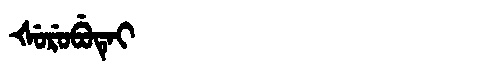
Manchu: ᡧᡠᡵᡠᠪᡠᡨᡝᡳ
Romanization: ŠURUBUTEI